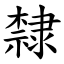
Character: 隸